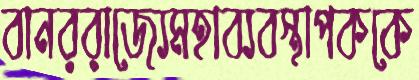
বানররাজ্যেমহাব্যবস্থাপককে